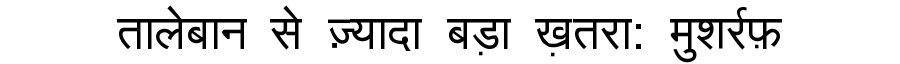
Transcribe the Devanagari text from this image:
तालेबान से ज़्यादा बड़ा ख़तरा: मुशर्रफ़